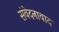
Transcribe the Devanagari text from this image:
संवेदनावाद